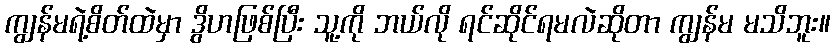
ကျွန်မရဲ့စိတ်ထဲမှာ ဒွိဟဖြစ်ပြီး သူ့ကို ဘယ်လို ရင်ဆိုင်ရမလဲဆိုတာ ကျွန်မ မသိဘူး။